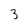
Character: 3